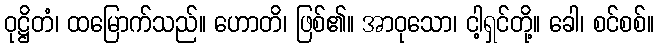
ဝုဋ္ဌိတံ၊ ထမြောက်သည်။ ဟောတိ၊ ဖြစ်၏။ အာဝုသော၊ ငါ့ရှင်တို့။ ခေါ၊ စင်စစ်။